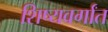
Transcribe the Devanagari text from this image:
शिष्यवर्गांत